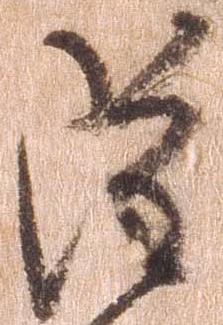
雖